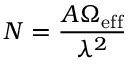
N = \frac { A \Omega _ { \mathrm { e f f } } } { \lambda ^ { 2 } }